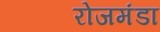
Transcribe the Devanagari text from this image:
रोजमंडा